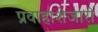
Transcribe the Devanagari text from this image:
प्रवाहाशेजारी